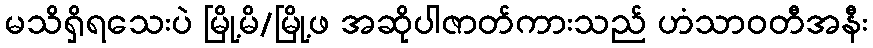
မသိရှိရသေးပဲ မြို့မိ/မြို့ဖ အဆိုပါဇာတ်ကားသည် ဟံသာဝတီအနီး